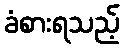
ခံစားရသည့်